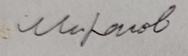
Signature authenticity: forged